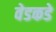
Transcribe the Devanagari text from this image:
वेडकडे